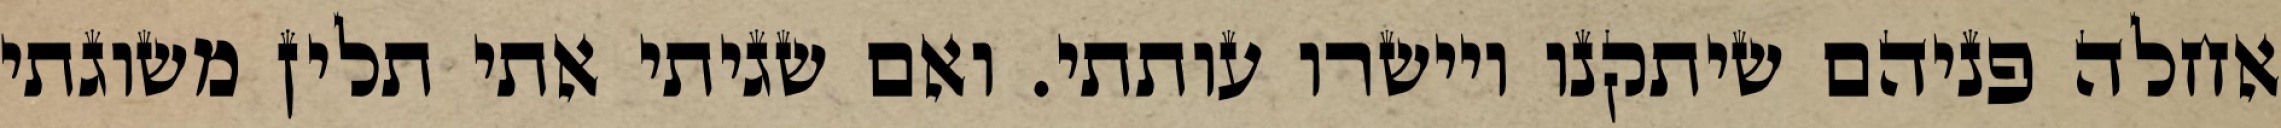
אחלה פניהם שיתקנו ויישרו עותתי. ואם שגיתי אתי תלין משוגתי